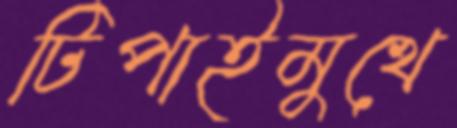
টিপাইমুখে